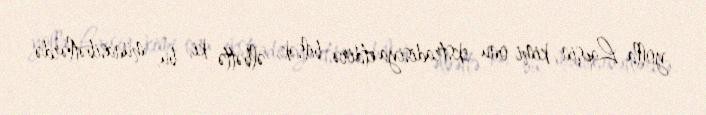
yolla Lapşin kimi onu ekstradisiya etdirə bilsək, əlbəttə ki, bu, münasibətlərdə